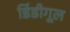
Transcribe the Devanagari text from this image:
डिंडीगूल